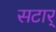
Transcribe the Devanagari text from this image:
सटार्